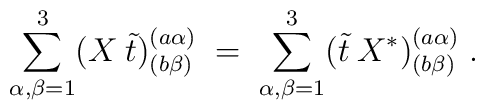
\sum_{\alpha, \beta=1}^3  (X\: \tilde{t})^{(a \alpha)}_{(b \beta)}\;=\; \sum_{\alpha, \beta=1}^3  (\tilde{t}\: X^*)^{(a \alpha)}_{(b \beta)}\;.